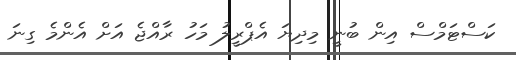
ކަސްޓަމްސް އިން ބުނީ މިދިޔަ އެޕްރީލު މަހު ރާއްޖެ އަށް އެންމެ ގިނަ